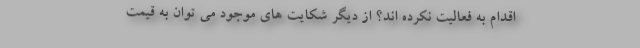
اقدام به فعاليت نكرده اند؟ از ديگر شكايت هاي موجود مي توان به قيمت